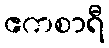
ဧကစာရီ